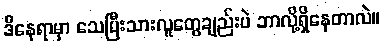
ဒီနေရာမှာ သေပြီးသားလူတွေချည်းပဲ ဘာလို့ရှိနေတာလဲ။